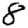
Digit: 8